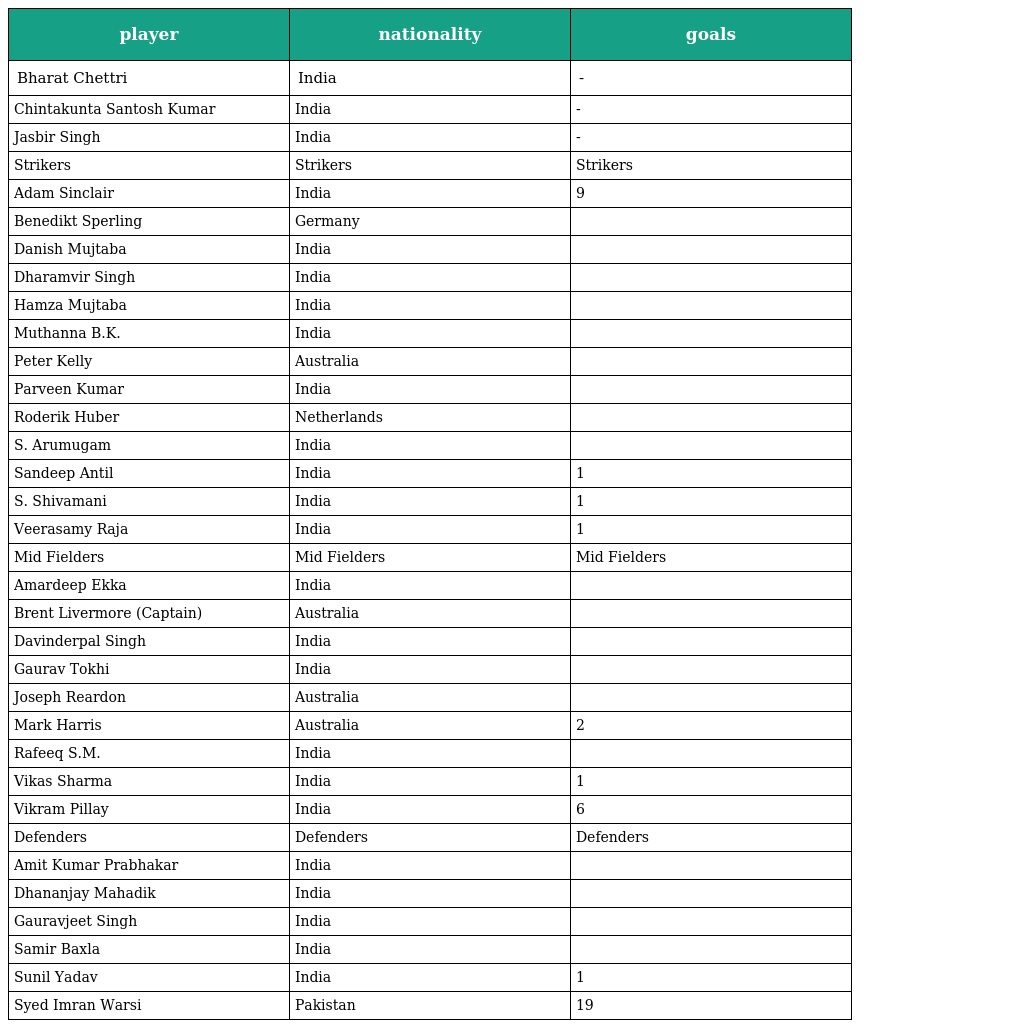
| player | nationality | goals |
 | --- | --- | --- |
 | Bharat Chettri | India | - |
 | Chintakunta Santosh Kumar | India | - |
 | Jasbir Singh | India | - |
 | Strikers | Strikers | Strikers |
 | Adam Sinclair | India | 9 |
 | Benedikt Sperling | Germany |  |
 | Danish Mujtaba | India |  |
 | Dharamvir Singh | India |  |
 | Hamza Mujtaba | India |  |
 | Muthanna B.K. | India |  |
 | Peter Kelly | Australia |  |
 | Parveen Kumar | India |  |
 | Roderik Huber | Netherlands |  |
 | S. Arumugam | India |  |
 | Sandeep Antil | India | 1 |
 | S. Shivamani | India | 1 |
 | Veerasamy Raja | India | 1 |
 | Mid Fielders | Mid Fielders | Mid Fielders |
 | Amardeep Ekka | India |  |
 | Brent Livermore (Captain) | Australia |  |
 | Davinderpal Singh | India |  |
 | Gaurav Tokhi | India |  |
 | Joseph Reardon | Australia |  |
 | Mark Harris | Australia | 2 |
 | Rafeeq S.M. | India |  |
 | Vikas Sharma | India | 1 |
 | Vikram Pillay | India | 6 |
 | Defenders | Defenders | Defenders |
 | Amit Kumar Prabhakar | India |  |
 | Dhananjay Mahadik | India |  |
 | Gauravjeet Singh | India |  |
 | Samir Baxla | India |  |
 | Sunil Yadav | India | 1 |
 | Syed Imran Warsi | Pakistan | 19 |